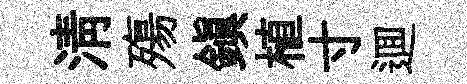
淸殤鎮植寸逥